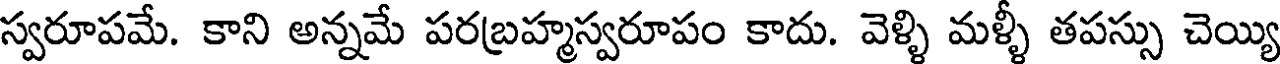
స్వరూపమే. కాని అన్నమే పరబ్రహ్మస్వరూపం కాదు. వెళ్ళి మళ్ళీ తపస్సు చెయ్యి